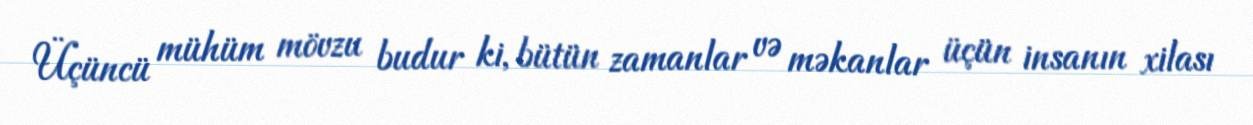
Üçüncü mühüm mövzu budur ki, bütün zamanlar və məkanlar üçün insanın xilası